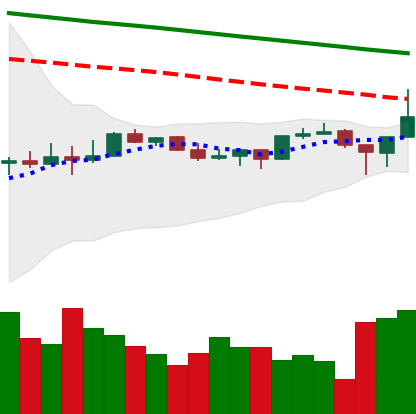
Ticker: TRX-USD
Chart end date: 2022-12-14
Forward return: -3.654%
Label: down_3_5